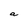
Character: a